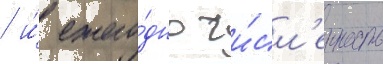
/ и́ ежего́дно чи́сл'енность